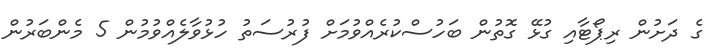
ގެ ދަށުން ރިޕޯޓާއި ގުޅޭ ގޮތުން ބަހުސްކުރެއްވުމަށް ފުރުސަތު ހުޅުވާލެއްވުމުން 5 މެންބަރުން